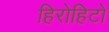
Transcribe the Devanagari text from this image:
हिरोहिटो